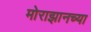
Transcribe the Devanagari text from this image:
मोराझानच्या